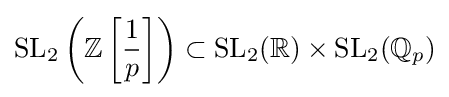
\mathrm {SL} _{2}\left(\mathbb {Z} \left[{\frac {1}{p}}\right]\right)\subset \mathrm {SL} _{2}(\mathbb {R} )\times \mathrm {SL} _{2}(\mathbb {Q} _{p})